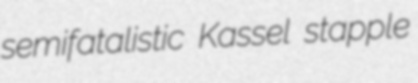
semifatalistic Kassel stapple